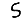
Digit: 5